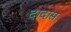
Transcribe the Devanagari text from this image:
दादास